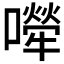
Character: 𡁆